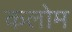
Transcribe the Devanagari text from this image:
कलोम